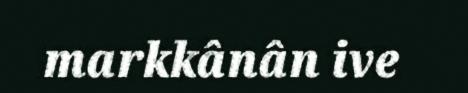
markkânân ive